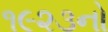
૧૯૨૩નો